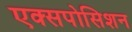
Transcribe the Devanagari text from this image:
एक्सपोसिशन